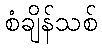
စံချိန်သစ်